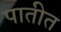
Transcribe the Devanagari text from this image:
पातीत